First report of the anti-malarial operations at Mian Mir, 1901-1903 - Number 6
Year: 1901
Disease focus: Malaria
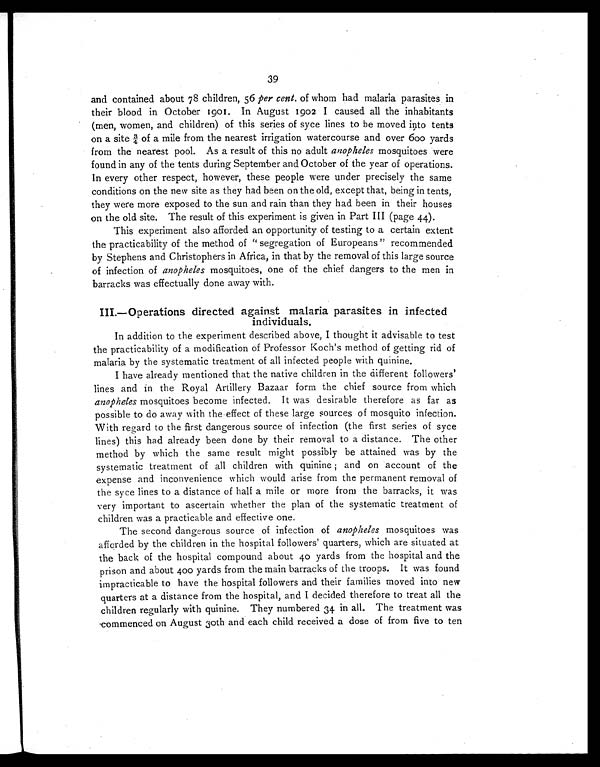
39
and contained about 78 children, 56 per cent. of whom had malaria parasites in
their blood in October 1901. In August 1902 I caused all the inhabitants
(men, women, and children) of this series of syce lines to be moved into tents
on a site ¾ of a mile from the nearest irrigation watercourse and over 600 yards
from the nearest pool. As a result of this no adult anopheles mosquitoes were
found in any of the tents during September and October of the year of operations.
In every other respect, however, these people were under precisely the same
conditions on the new site as they had been on the old, except that, being in tents,
they were more exposed to the sun and rain than they had been in their houses
on the old site. The result of this experiment is given in Part III (page 44).
This experiment also afforded an opportunity of testing to a certain extent
the practicability of the method of “segregation of Europeans ” recommended
by Stephens and Christophers in Africa, in that by the removal of this large source
of infection of anopheles mosquitoes, one of the chief dangers to the men in
barracks was effectually done away with.
III.—Operations directed against malaria parasites in infected
individuals.
In addition to the experiment described above, I thought it advisable to test
the practicability of a modification of Professor Koch's method of getting rid of
malaria by the systematic treatment of all infected people with quinine.
I have already mentioned that the native children in the different followers'
lines and in the Royal Artillery Bazaar form the chief source from which
anopheles mosquitoes become infected. It was desirable therefore as far as
possible to do away with the effect of these large sources of mosquito infection.
With regard to the first dangerous source of infection (the first series of syce
lines) this had already been done by their removal to a distance. The other
method by which the same result might possibly be attained was by the
systematic treatment of all children with quinine ; and on account of the
expense and inconvenience which would arise from the permanent removal of
the syce lines to a distance of half a mile or more from the barracks, it was
very important to ascertain whether the plan of the systematic treatment of
children was a practicable and effective one.
The second dangerous source of infection of anopheles mosquitoes was
afforded by the children in the hospital followers' quarters, which are situated at
the back of the hospital compound about 40 yards from the hospital and the
prison and about 400 yards from the main barracks of the troops. It was found
impracticable to have the hospital followers and their families moved into new
quarters at a distance from the hospital, and I decided therefore to treat all the
children regularly with quinine. They numbered 34 in all. The treatment was
commenced on August 30th and each child received a dose of from five to ten